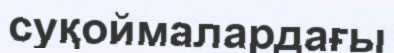
суқоймалардағы